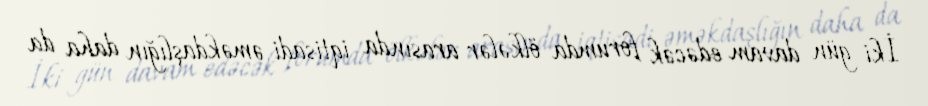
İki gün davam edəcək forumda ölkələr arasında iqtisadi əməkdaşlığın daha da